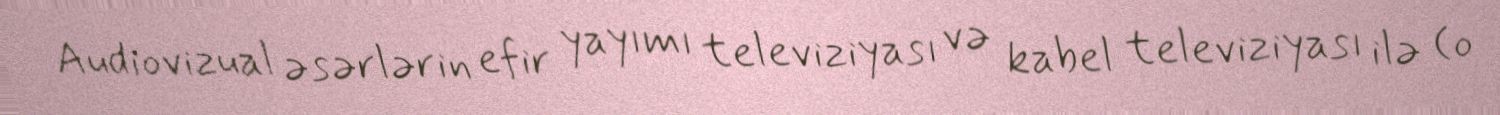
Audiovizual əsərlərin efir yayımı televiziyası və kabel televiziyası ilə (o